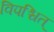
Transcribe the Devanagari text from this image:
विपश्चित्‌